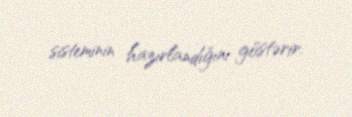
sisteminin hazırlandığını göstərir.